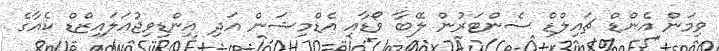
ވިމަން އެންޑް ޗައިލްޑް ސެންޓަރުން ލޭބާ ވޯޑާއި އެޑްމިޝަން އަދި އިންޑިވިޖުއަލައިޒްޑް ކެއާގެ